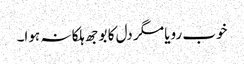
خوب رویا مگر دل کا بوجھ ہلکا نہ ہوا۔